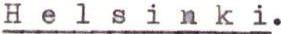
Helsinki.